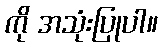
ကို အသုံးပြုပါ။